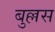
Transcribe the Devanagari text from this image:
बुल्लस